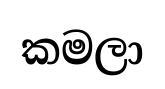
කමලා